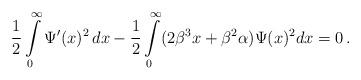
LaTeX: \begin{align*}\frac 12 \int\limits_0^\infty \Psi' (x) ^2 \, dx - \frac 12 \int\limits_0^\infty (2 \beta^3x + \beta^2 \alpha) \Psi(x)^2 dx = 0\, .\end{align*}